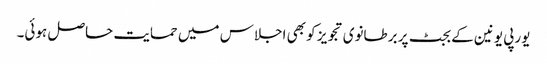
یورپی یونین کے بجٹ پر برطانوی تجویز کو بھی اجلاس میں حمایت حاصل ہوئی۔